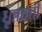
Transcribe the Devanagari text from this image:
धृतवती